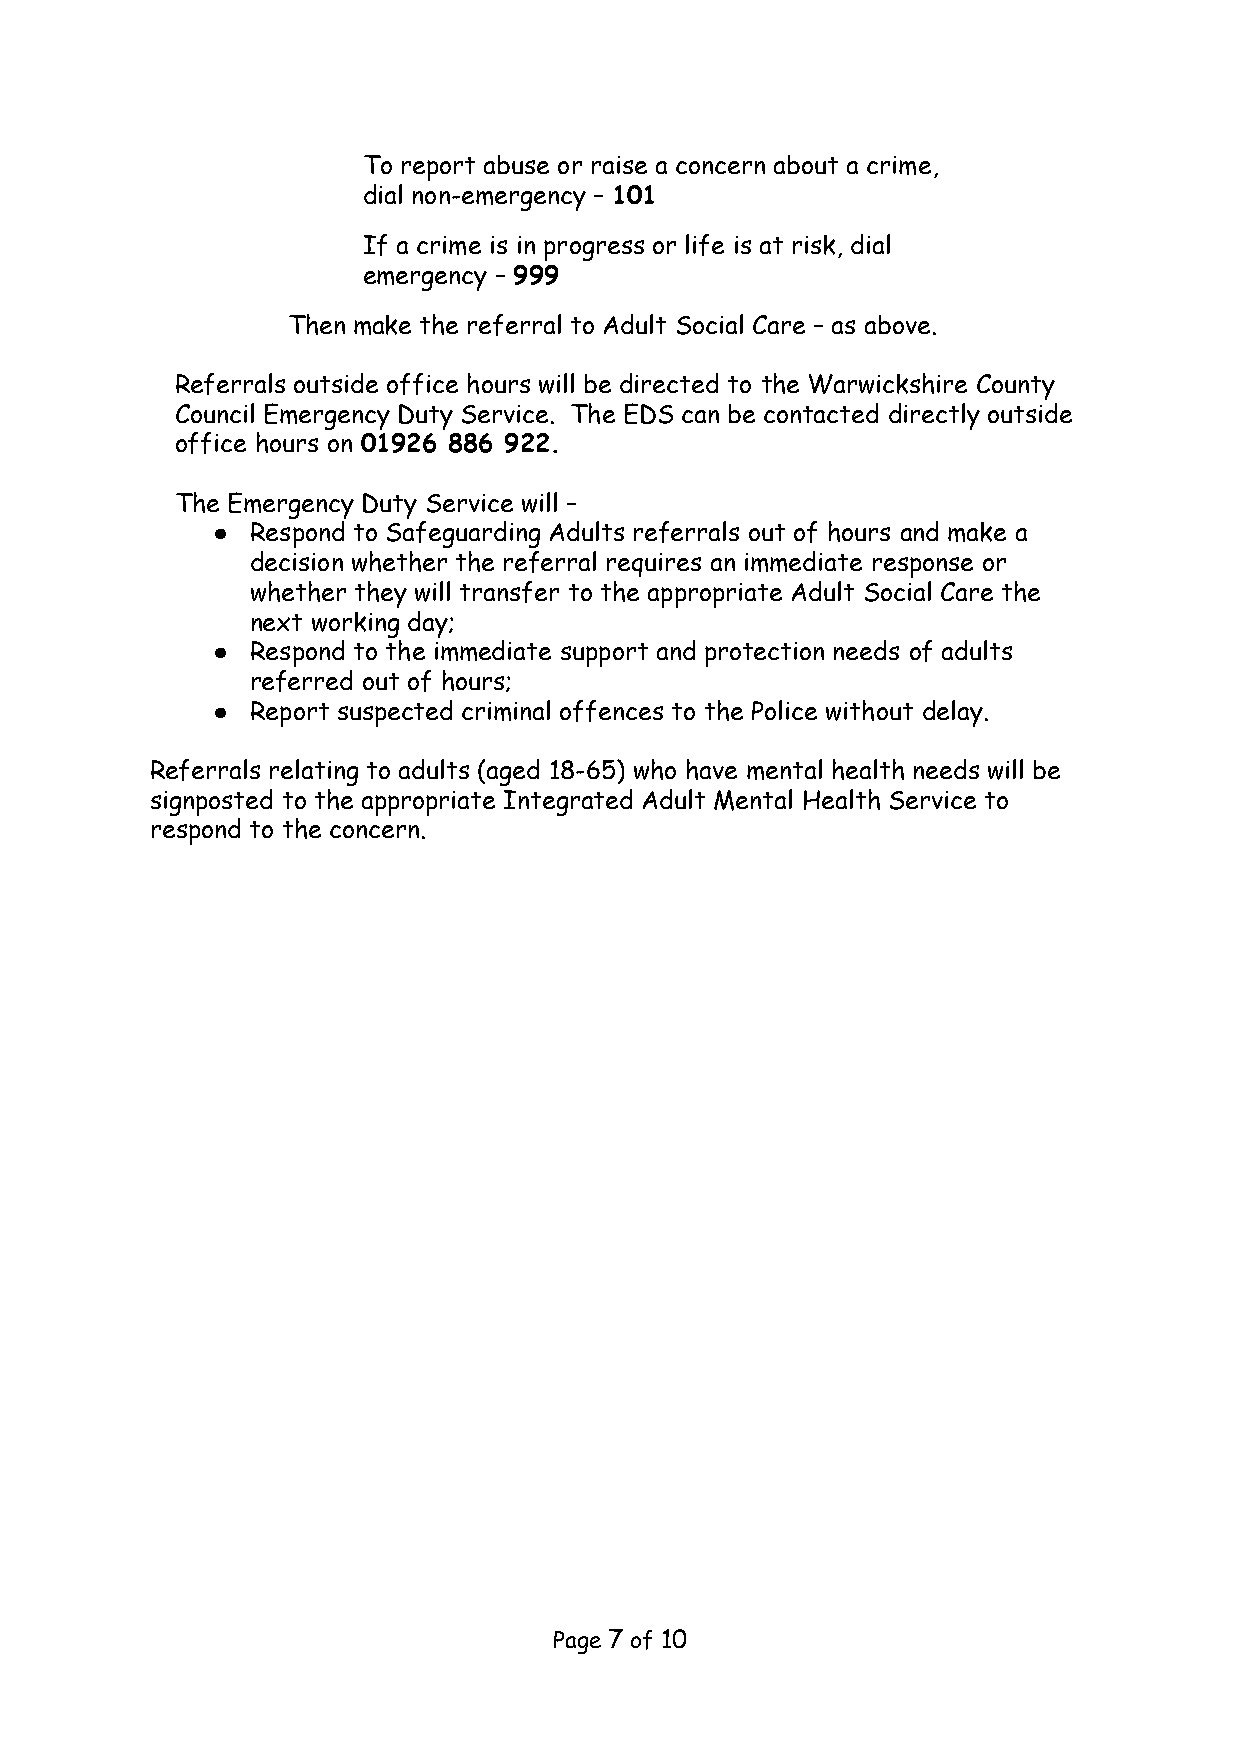
To report abuse or raise a concern about a crime,
 dial non-emergency – 101
 If a crime is in progress or life is at risk, dial
 emergency – 999
 Then make the referral to Adult Social Care – as above.
 Referrals outside office hours will be directed to the Warwickshire County
 Council Emergency Duty Service. The EDS can be contacted directly outside
 office hours on 01926 886 922.
 The Emergency Duty Service will –
 ●  Respond to Safeguarding Adults referrals out of hours and make a
 decision whether the referral requires an immediate response or
 whether they will transfer to the appropriate Adult Social Care the
 next working day;
 ●  Respond to the immediate support and protection needs of adults
 referred out of hours;
 ●  Report suspected criminal offences to the Police without delay.
 Referrals relating to adults (aged 18-65) who have mental health needs will be
 signposted to the appropriate Integrated Adult Mental Health Service to
 respond to the concern.
 Page 7 of 10